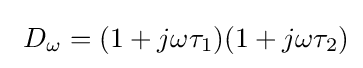
\ D_{\omega }=(1+j\omega {\tau }_{1})(1+j\omega {\tau }_{2})